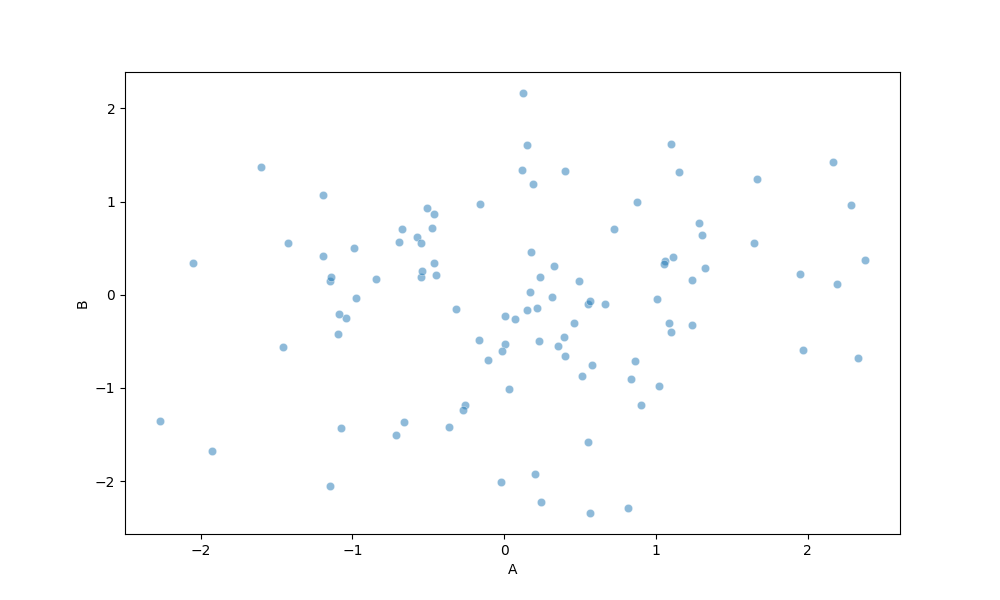
python, seaborn, scatterplot, hue='None', style='None', size='None', palette='muted', alpha=0.5